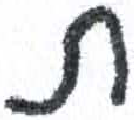
אות: ת